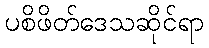
ပစိဖိတ်ဒေသဆိုင်ရာ